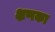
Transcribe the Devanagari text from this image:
क्षणका